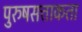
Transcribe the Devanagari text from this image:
पुरुषसत्ताकता